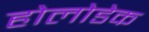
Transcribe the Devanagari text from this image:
होलोडेक